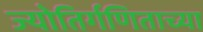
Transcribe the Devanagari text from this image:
ज्योतिर्गणिताच्या